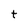
Character: t